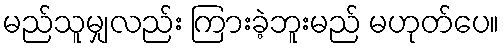
မည်သူမျှလည်း ကြားခဲ့ဘူးမည် မဟုတ်ပေ။